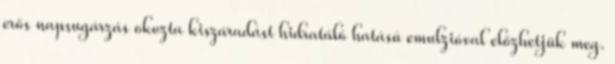
erős napsugárzás okozta kiszáradást hidratáló hatású emulzióval előzhetjük meg.